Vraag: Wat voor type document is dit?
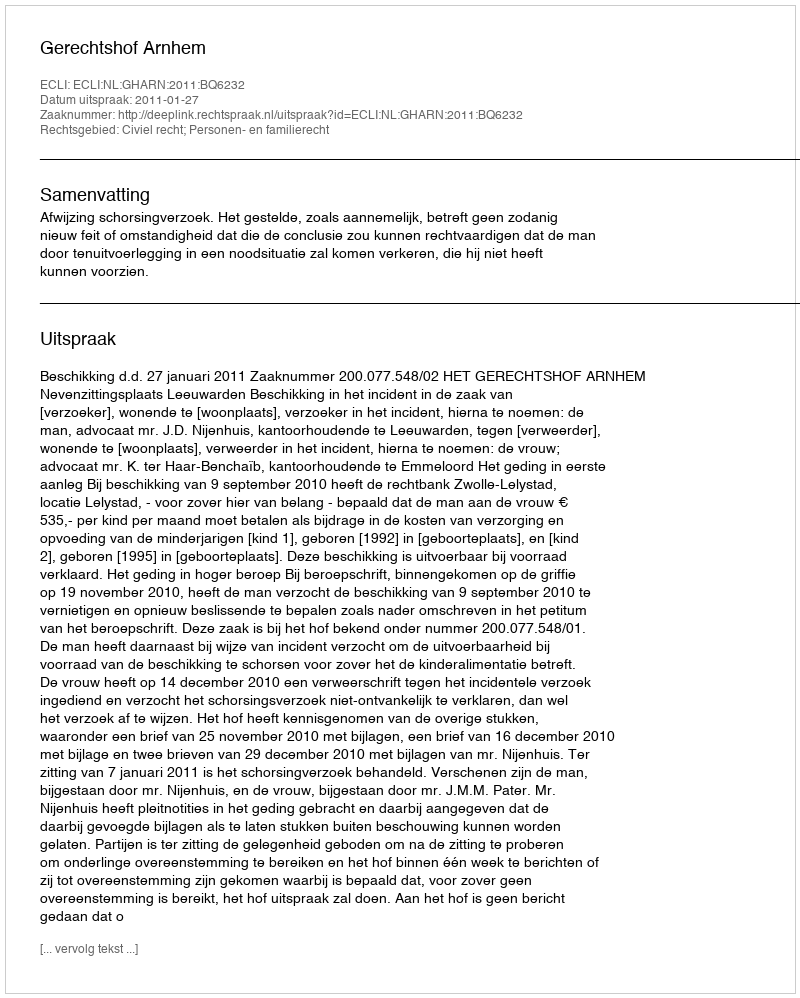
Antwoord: Uitspraak